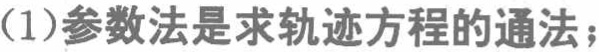
(1)参数法是求轨迹方程的通法；